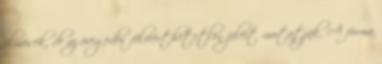
elmések, de az öregedés félreérthetetlen jeleit mutatják. A forma